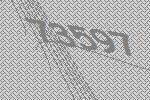
73597